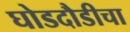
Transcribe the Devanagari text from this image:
घोडदौडीचा